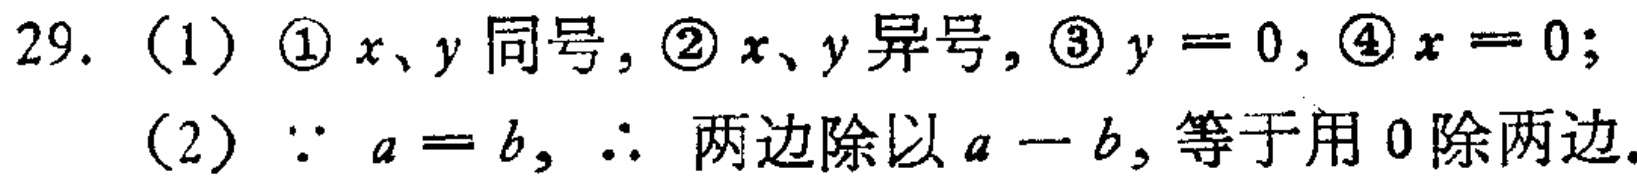
29. （1）\textcircled{1} \(x、y\) 同号，\textcircled{2} \(x、y\) 异号，\textcircled{3} \(y = 0\)，\textcircled{4} \(x = 0\)；

（2）\(\because a = b\)，\(\therefore\) 两边除以 \(a - b\)，等于用 \(0\) 除两边.